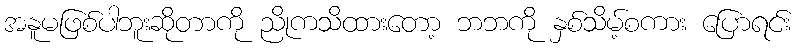
အနူမဖြစ်ပါဘူးဆိုတာကို ညိုကသိထားတော့ ဘဘကို နှစ်သိမ့်စကား ပြောရင်း